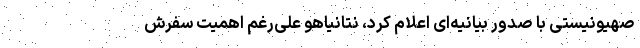
صهیونیستی با صدور بیانیه‌ای اعلام کرد، نتانیاهو علی‌رغم اهمیت سفرش